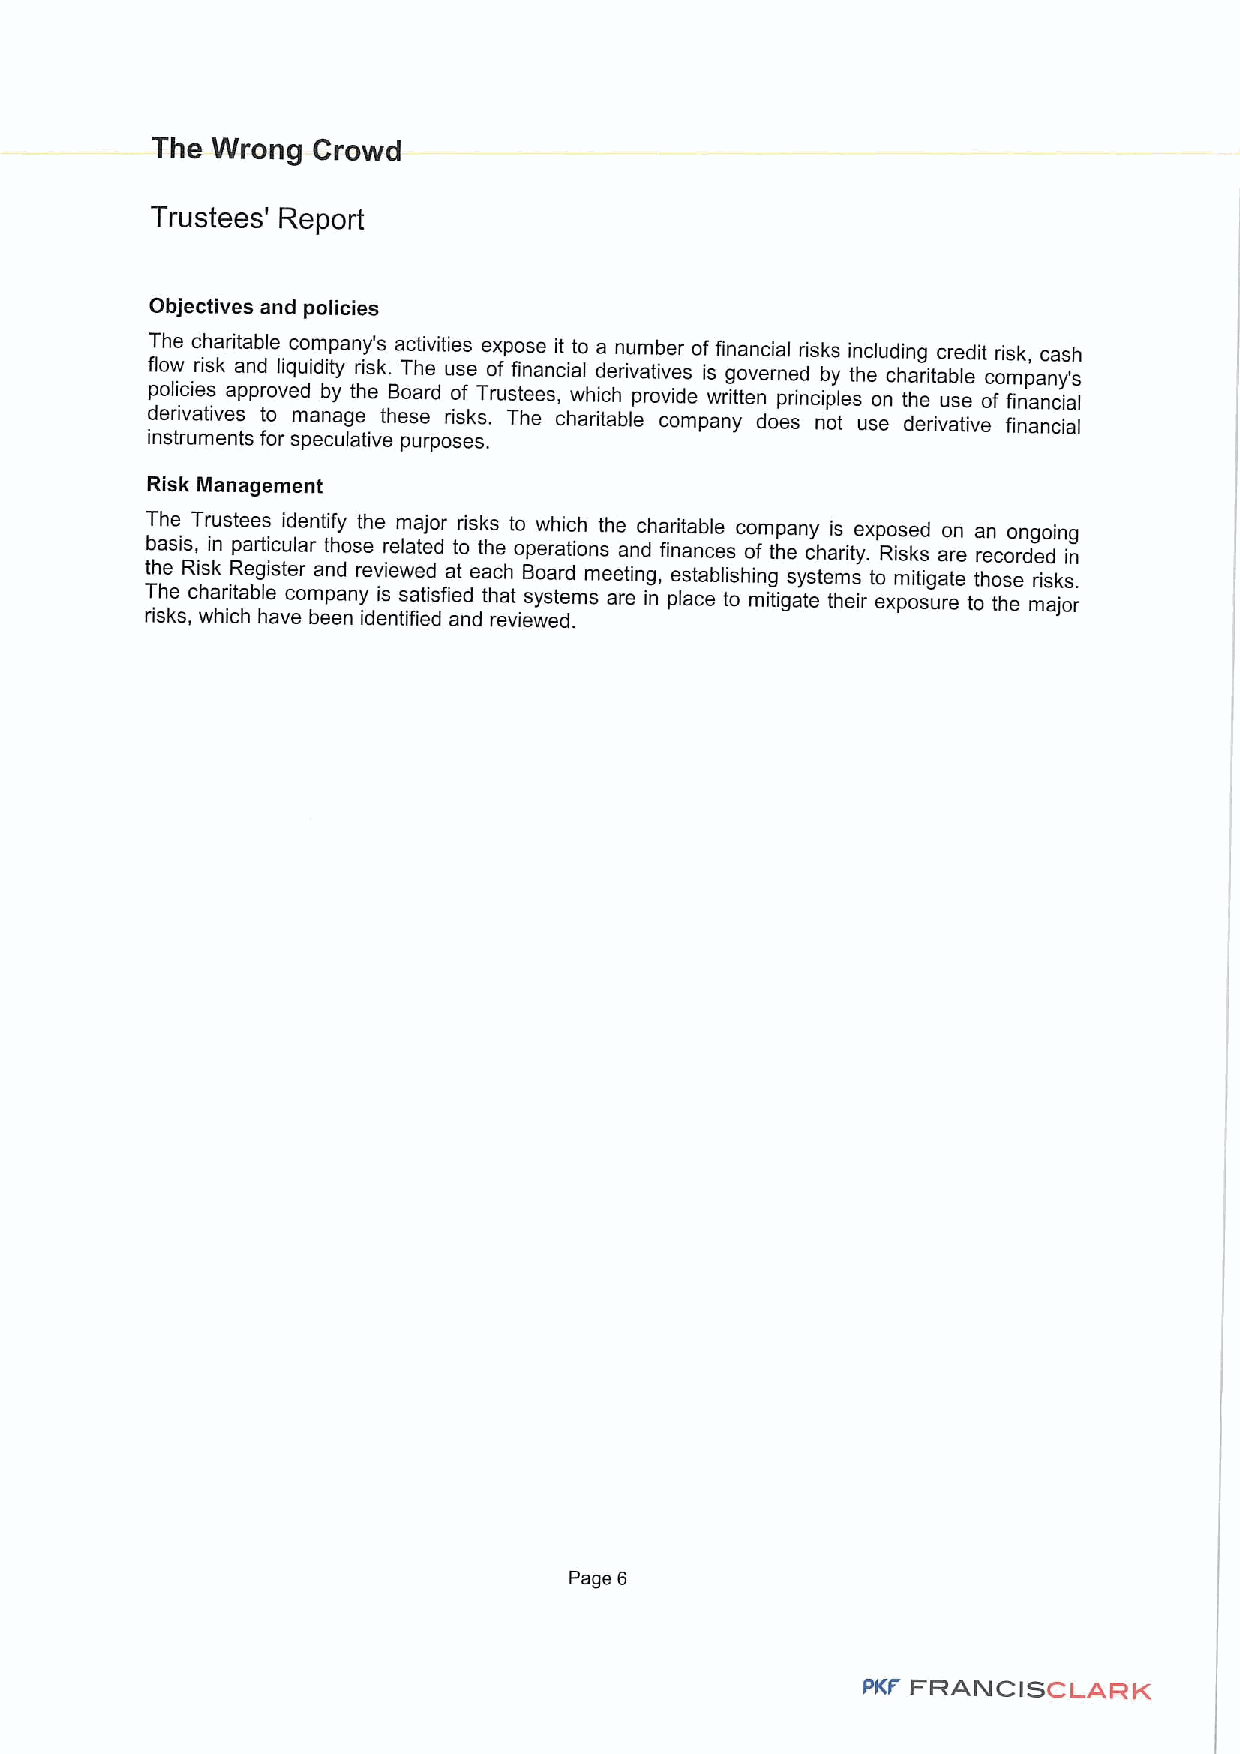
The Wrong  Crowd
 Trustees' Report
 Objectives and policies
 The charitable company's activities expose it to a number offinancial risks including credit risk, cash
 flow risk and liquidity risk. The use of financial derivatives is governed by the charitable company's
 policies approved by the Board of Trustees, which provide written principles on the use of financial
 derivatives to manage these risks. The charitable company does not use derivative financial
 instruments for speculative purposes.
 Risk Management
 The Trustees identify the major risks to which the charitable company is exposed on an ongoing
 basis, in particular those related to the operations and finances of the charity. Risks are recorded in
 the Risk Register and reviewed at each Board meeting, establishing systems to mitigate those risks.
 The charitable company is satisfied that systems are in place to mitigate their exposure to the major
 risks, which have been identified and reviewed.
 Page 6
 FRANCISCLARK
 PKF